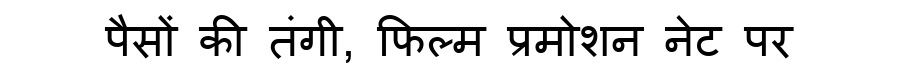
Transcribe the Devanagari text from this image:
पैसों की तंगी, फिल्म प्रमोशन नेट पर